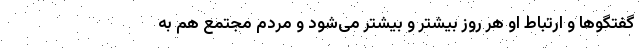
گفتگو‌ها و ارتباط او هر روز بیشتر و بیشتر می‌شود و مردم مجتمع هم به